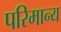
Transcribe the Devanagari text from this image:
परिमान्य